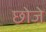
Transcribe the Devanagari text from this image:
छोजे